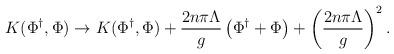
LaTeX: \begin{align*}K(\Phi^{\dagger}, \Phi) \rightarrow K(\Phi^{\dagger}, \Phi) + {2n\pi \Lambda \over g}\left(\Phi^{\dagger}+\Phi\right) + \left({2n\pi \Lambda \over g}\right)^2 .\end{align*}